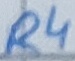
Text: R4